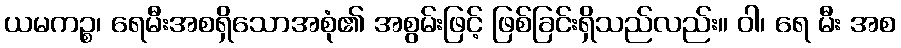
ယမကဉ္စ၊ ရေမီးအစရှိသောအစုံ၏ အစွမ်းဖြင့် ဖြစ်ခြင်းရှိသည်လည်း။ ဝါ၊ ရေ မီး အစ